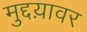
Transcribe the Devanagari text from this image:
मुद्दय़ावर